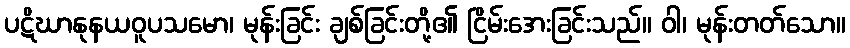
ပဋိဃာနုနယဝူပသမော၊ မုန်းခြင်း ချစ်ခြင်းတို့၏ ငြိမ်းအေးခြင်းသည်။ ဝါ၊ မုန်းတတ်သော။